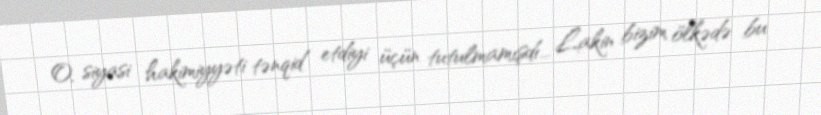
O, siyasi hakimiyyəti tənqid etdiyi üçün tutulmamışdı... Lakin bizim ölkədə bu